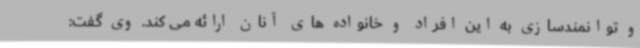
و توانمندسازی به این افراد و خانواده های آنان ارائه می کند. وی گفت: